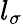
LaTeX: l_{\sigma}